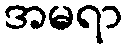
အမရာ